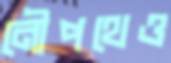
নৌপথেও